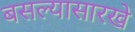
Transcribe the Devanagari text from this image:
बसल्यासारखे